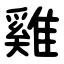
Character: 雞